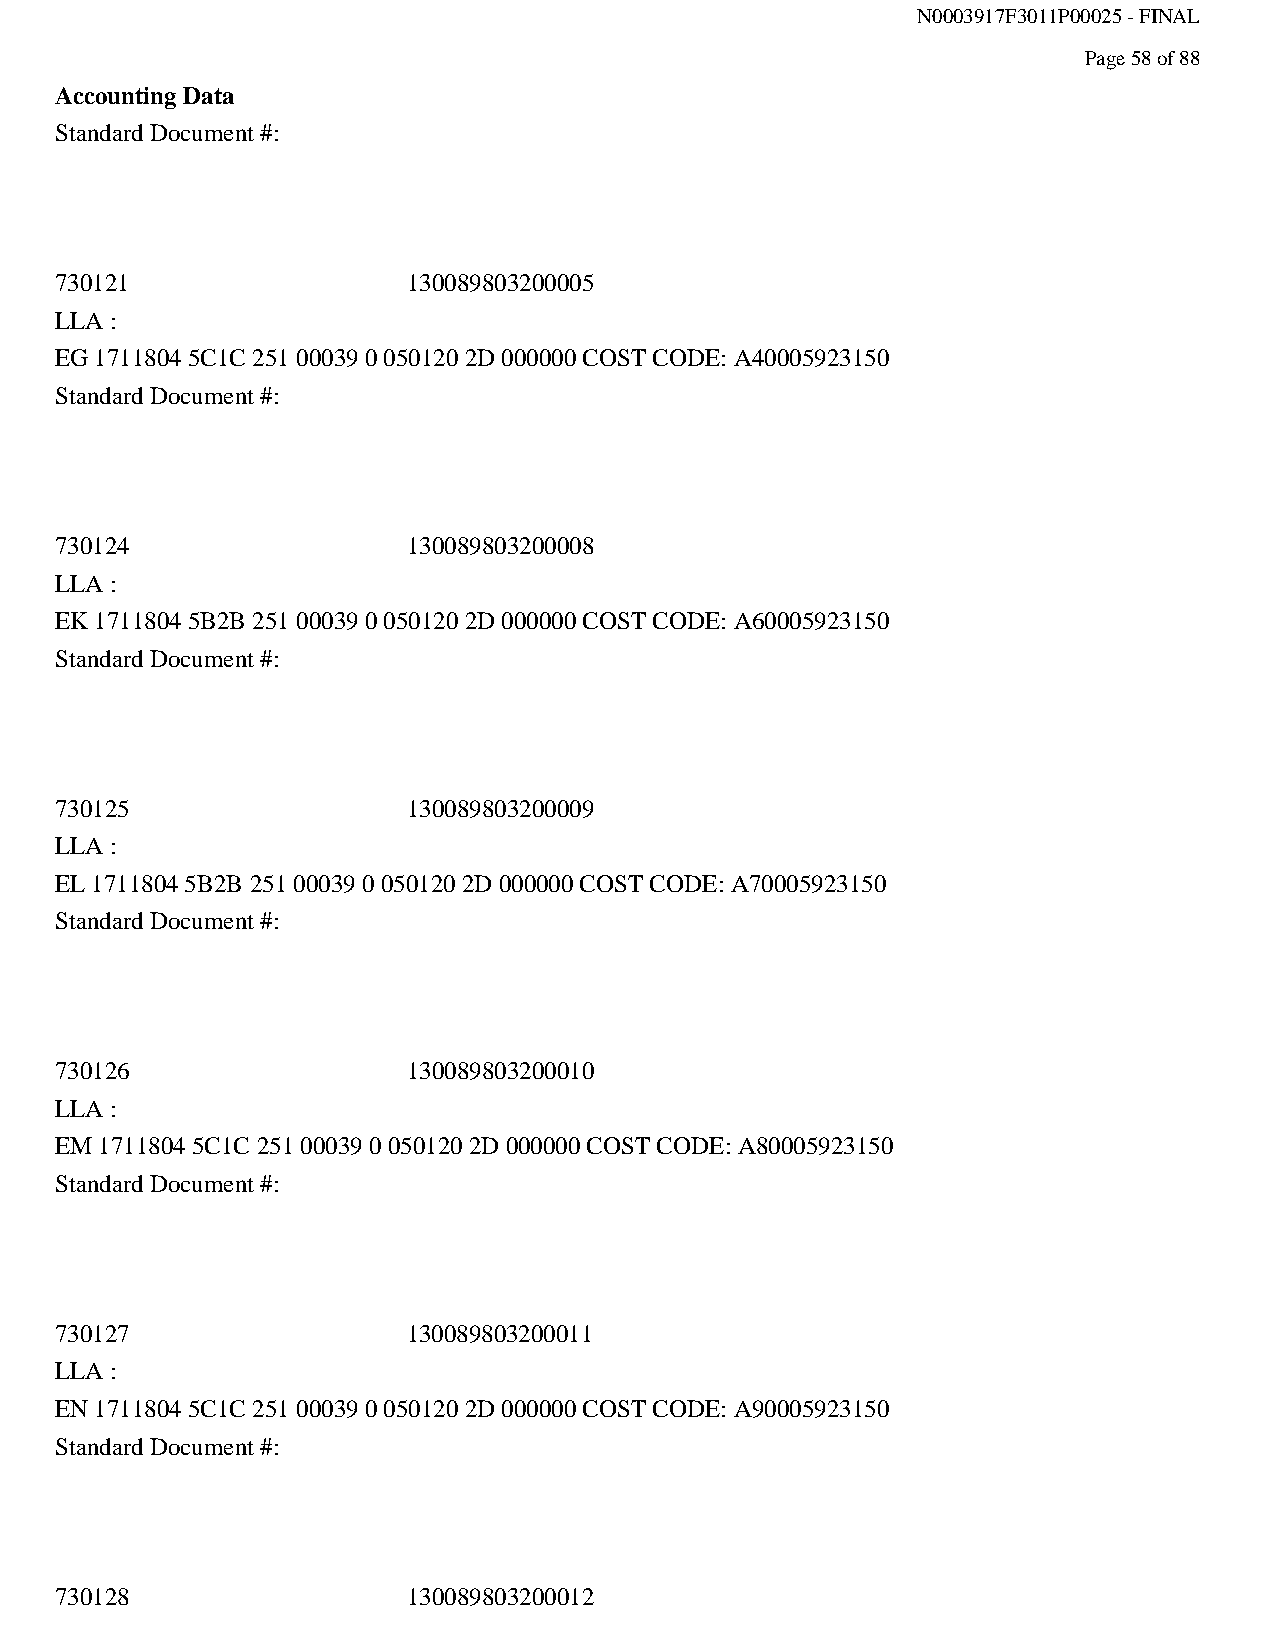
N0003917F3011P00025 - FINAL
 Page 58 of 88
 Accounting Data
 Standard Document #:
 730121                 130089803200005
 LLA :
 EG 1711804 5C1C 251 00039 0 050120 2D 000000 COST CODE: A40005923150
 Standard Document #:
 730124                 130089803200008
 LLA :
 EK 1711804 5B2B 251 00039 0 050120 2D 000000 COST CODE: A60005923150
 Standard Document #:
 730125                 130089803200009
 LLA :
 EL 1711804 5B2B 251 00039 0 050120 2D 000000 COST CODE: A70005923150
 Standard Document #:
 730126                 130089803200010
 LLA :
 EM 1711804 5C1C 251 00039 0 050120 2D 000000 COST CODE: A80005923150
 Standard Document #:
 730127                 130089803200011
 LLA :
 EN 1711804 5C1C 251 00039 0 050120 2D 000000 COST CODE: A90005923150
 Standard Document #:
 730128                 130089803200012